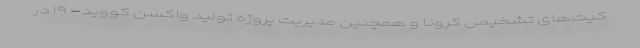
کیت‌های تشخیص کرونا و همچنین مدیریت پروژه تولید واکسن کووید- ۱۹ در